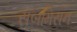
સબમિસન